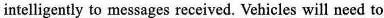
intelligently to messages received. Vehicles will need to